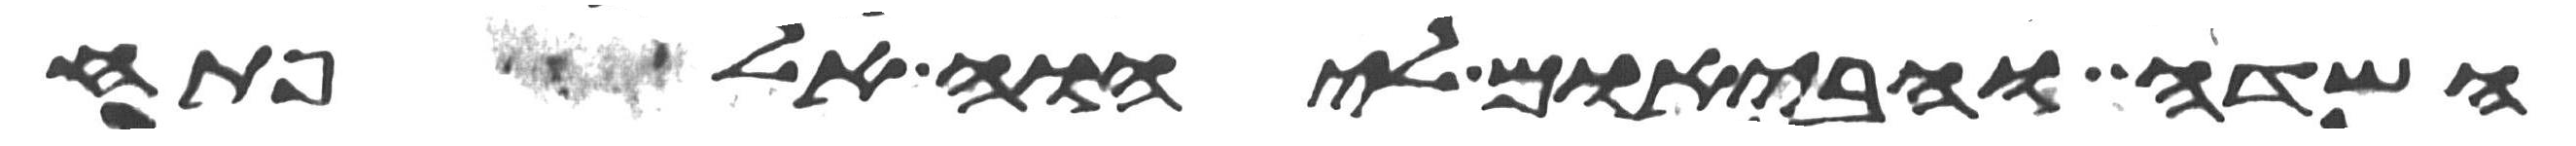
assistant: השדה והבאום ליהוה אל פתח